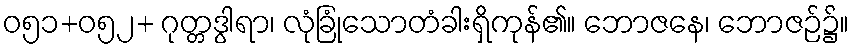
ဝ၅၁+၀၅၂+ ဂုတ္တဒွါရာ၊ လုံခြုံသောတံခါးရှိကုန်၏။ ဘောဇနေ၊ ဘောဇဉ်၌။